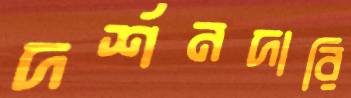
দর্শনদারি